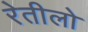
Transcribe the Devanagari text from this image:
रेतीलो